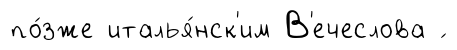
по́зже италья́нск'им В'ечеслова ́